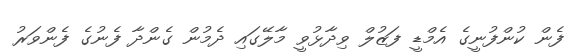
ފެން ކުންފުނީގެ އެމްޑީ ފަޒުލް ވިދާޅުވީ މާލޭގައި ދެމުން ގެންދާ ފެނުގެ ފެންވަރު